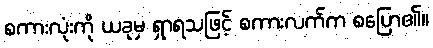
စကားလုံးကို ယခုမှ ရှာရသဖြင့် စကားလက်က စပြော၏။